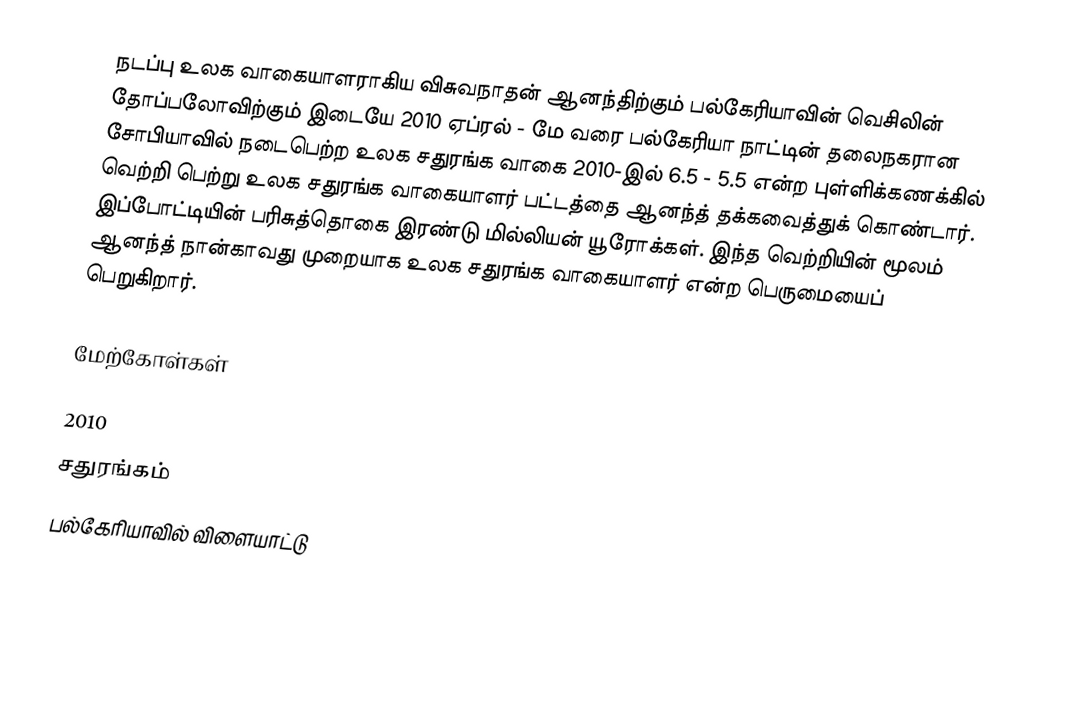
நடப்பு உலக வாகையாளராகிய விசுவநாதன் ஆனந்திற்கும் பல்கேரியாவின் வெசிலின் தோப்பலோவிற்கும் இடையே 2010 ஏப்ரல் - மே  வரை பல்கேரியா நாட்டின் தலைநகரான சோபியாவில் நடைபெற்ற உலக சதுரங்க வாகை 2010-இல் 6.5 - 5.5 என்ற புள்ளிக்கணக்கில் வெற்றி பெற்று உலக சதுரங்க வாகையாளர் பட்டத்தை ஆனந்த் தக்கவைத்துக் கொண்டார். இப்போட்டியின் பரிசுத்தொகை இரண்டு மில்லியன் யூரோக்கள். இந்த வெற்றியின் மூலம் ஆனந்த் நான்காவது முறையாக உலக சதுரங்க வாகையாளர் என்ற பெருமையைப் பெறுகிறார்.

மேற்கோள்கள்

2010
சதுரங்கம்
பல்கேரியாவில் விளையாட்டு